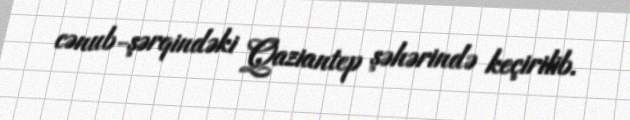
cənub-şərqindəki Qaziantep şəhərində keçirilib.